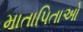
માતાપિતાઓ